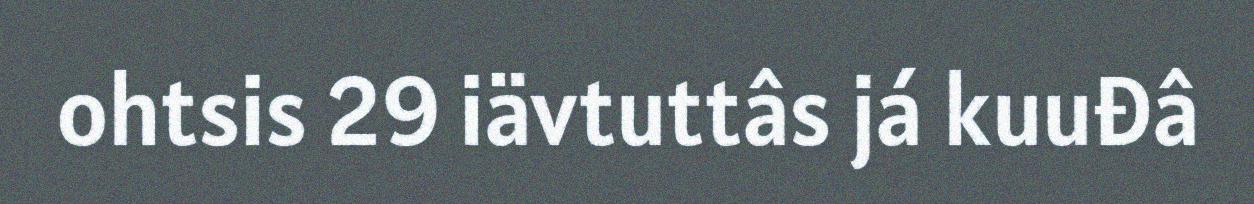
ohtsis 29 iävtuttâs já kuuđâ